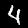
Digit: 4